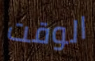
الوقت